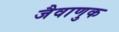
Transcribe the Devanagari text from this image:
जैवाणुक